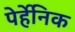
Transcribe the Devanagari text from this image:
पेर्हेनिक